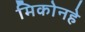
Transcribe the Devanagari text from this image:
मिकोनहे